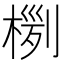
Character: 𣖊